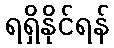
ရရှိနိုင်ရန်